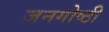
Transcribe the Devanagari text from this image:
जनगोष्ठी